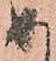
め